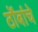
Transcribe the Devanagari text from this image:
ठोंबांचे